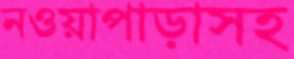
নওয়াপাড়াসহ